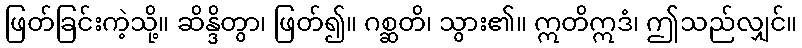
ဖြတ်ခြင်းကဲ့သို့။ ဆိန္ဒိတွာ၊ ဖြတ်၍။ ဂစ္ဆတိ၊ သွား၏။ ဣတိဣဒံ၊ ဤသည်လျှင်။